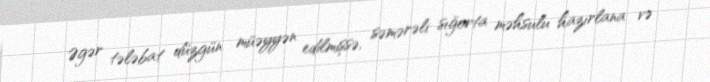
Əgər tələbat düzgün müəyyən edilmişsə, səmərəli sığorta məhsulu hazırlana və